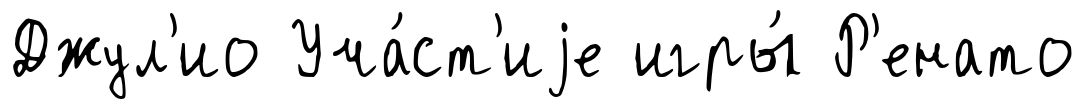
Джул'ио Уча́ст'иjе игры́ Р'енато